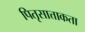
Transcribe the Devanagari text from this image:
पितृसात्ताकता